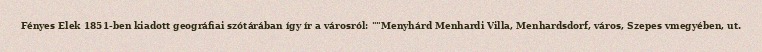
Fényes Elek 1851-ben kiadott geográfiai szótárában így ír a városról: ""Menyhárd Menhardi Villa, Menhardsdorf, város, Szepes vmegyében, ut.